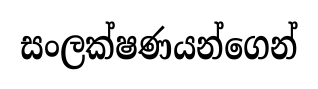
සංලක්ෂණයන්ගෙන්